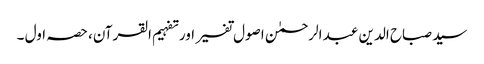
سید صباح الدین عبد الرحمٰن اصول تفسیر اور تفہیم القرآن، حصہ اول ۔